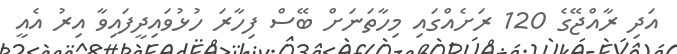
އަދި ރާއްޖޭގެ 120 ރަށެއްގައި މިހާތަނަށް ބޭސް ފިހާރަ ހުޅުވައިދީފައިވާ އިރު އެއީ